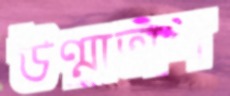
উণ্মাতাল